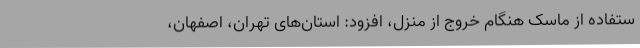
ستفاده از ماسک هنگام خروج از منزل، افزود: استان‌های تهران، اصفهان،